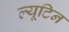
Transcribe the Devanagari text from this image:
ल्यूटिन